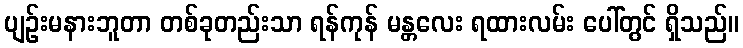
ပျဉ်းမနားဘူတာ တစ်ခုတည်းသာ ရန်ကုန် မန္တလေး ရထားလမ်း ပေါ်တွင် ရှိသည်။